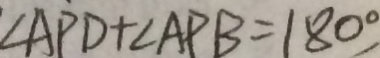
\angle A P D + \angle A P B = 1 8 0 ^ { \circ }